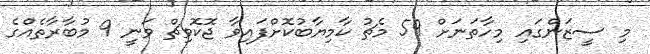
މި ސީޒަންގައި މިހާތަނަށް 59 މެޗު ކާމިޔާބުކޮށްފައިވާ ޖޮކޮވިޗް ވަނީ 9 މުބާރާތެއްގެ